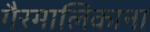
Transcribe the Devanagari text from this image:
गैरमालिकाना